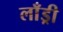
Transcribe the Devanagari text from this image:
लाँड्री